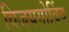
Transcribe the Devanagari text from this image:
विजयगोविंद